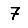
Digit: 7